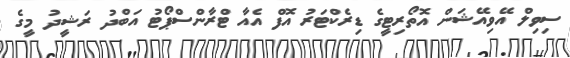
ސިވިލް އޭވިއޭޝަން އޮތޯރިޓީގެ ޑިރެކްޓަރު އޮފް އެއާ ޓްރާންސްޕޯޓު އަބްދު ރަޝީދު މީގެ